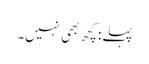
پہلے: کچھ بھی نہیں۔